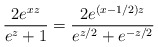
\begin{align*}\frac{2e^{xz}}{e^{z}+1} = \frac{ 2 e^{ \left( x - 1/2 \right) z }} { e^{z/2} + e^{-z/2}} \end{align*}